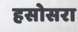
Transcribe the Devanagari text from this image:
हसोसरा